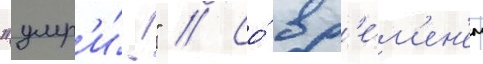
"умр'и́!" // Со́ вр'е́м'ен'ем